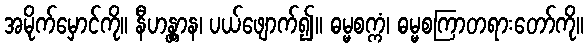
အမိုက်မှောင်ကို။ နီဟန္တွာန၊ ပယ်ဖျောက်၍။ ဓမ္မစက္ကံ၊ ဓမ္မစကြာတရားတော်ကို။